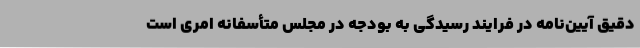
دقیق آیین‌نامه در فرایند رسیدگی به بودجه در مجلس متأسفانه امری است